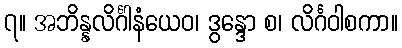
၇။ အဘိန္နလိင်္ဂါနံယေဝ၊ ဒွန္ဒော စ၊ လိင်္ဂဝါစကာ။